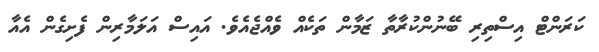
ކަރަންޓް އިސްތިރި ބޭނުންކުރާތާ ޒަމާން ތަކެއް ވެއްޖެެއެވެ. އައިސް އަލަމާރިން ފެށިގެން އެއާ